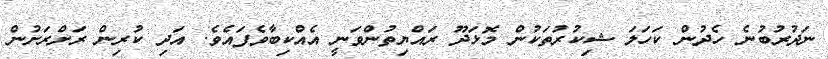
ނަދުރުބުނެ ހެދުން ކަހަލަ ޝިކުރުތަކުން މޮޅަދޫ ރައްޔިތުންވަނީ އެއްކިބާވެފައެވެ. އަދި ކުރިން ރަށްރަށުން